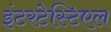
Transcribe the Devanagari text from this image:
इंटरटेस्टिएल